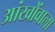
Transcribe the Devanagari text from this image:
आंखोंवाला